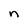
Character: n